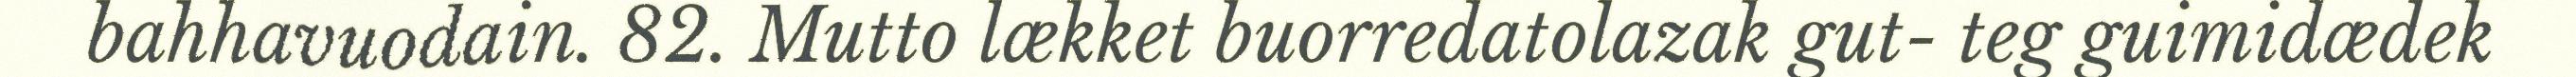
bahhavuodain. 82. Mutto lækket buorredatolazak gut- teg guimidædek